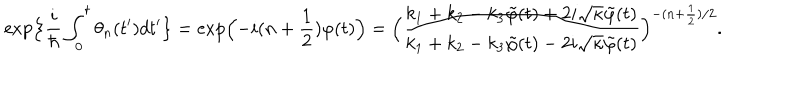
\exp \Bigl \{ \frac { i } { \hbar } \int _ { 0 } ^ { t } \theta _ { n } ( t ^ { \prime } ) d t ^ { \prime } \bigr \} = \exp \Bigl ( - i ( n + \frac { 1 } { 2 } ) \varphi ( t ) \Bigr ) = \Bigl ( \frac { k _ { 1 } + k _ { 2 } - k _ { 3 } \tilde { \varphi } ( t ) + 2 i \sqrt { \kappa } \tilde { \varphi } ( t ) } { k _ { 1 } + k _ { 2 } - k _ { 3 } \tilde { \varphi } ( t ) - 2 i \sqrt { \kappa } \tilde { \varphi } ( t ) } \Bigr ) ^ { - ( n + \frac { 1 } { 2 } ) / 2 } .